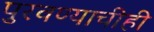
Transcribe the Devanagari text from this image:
पुरवण्याचीही